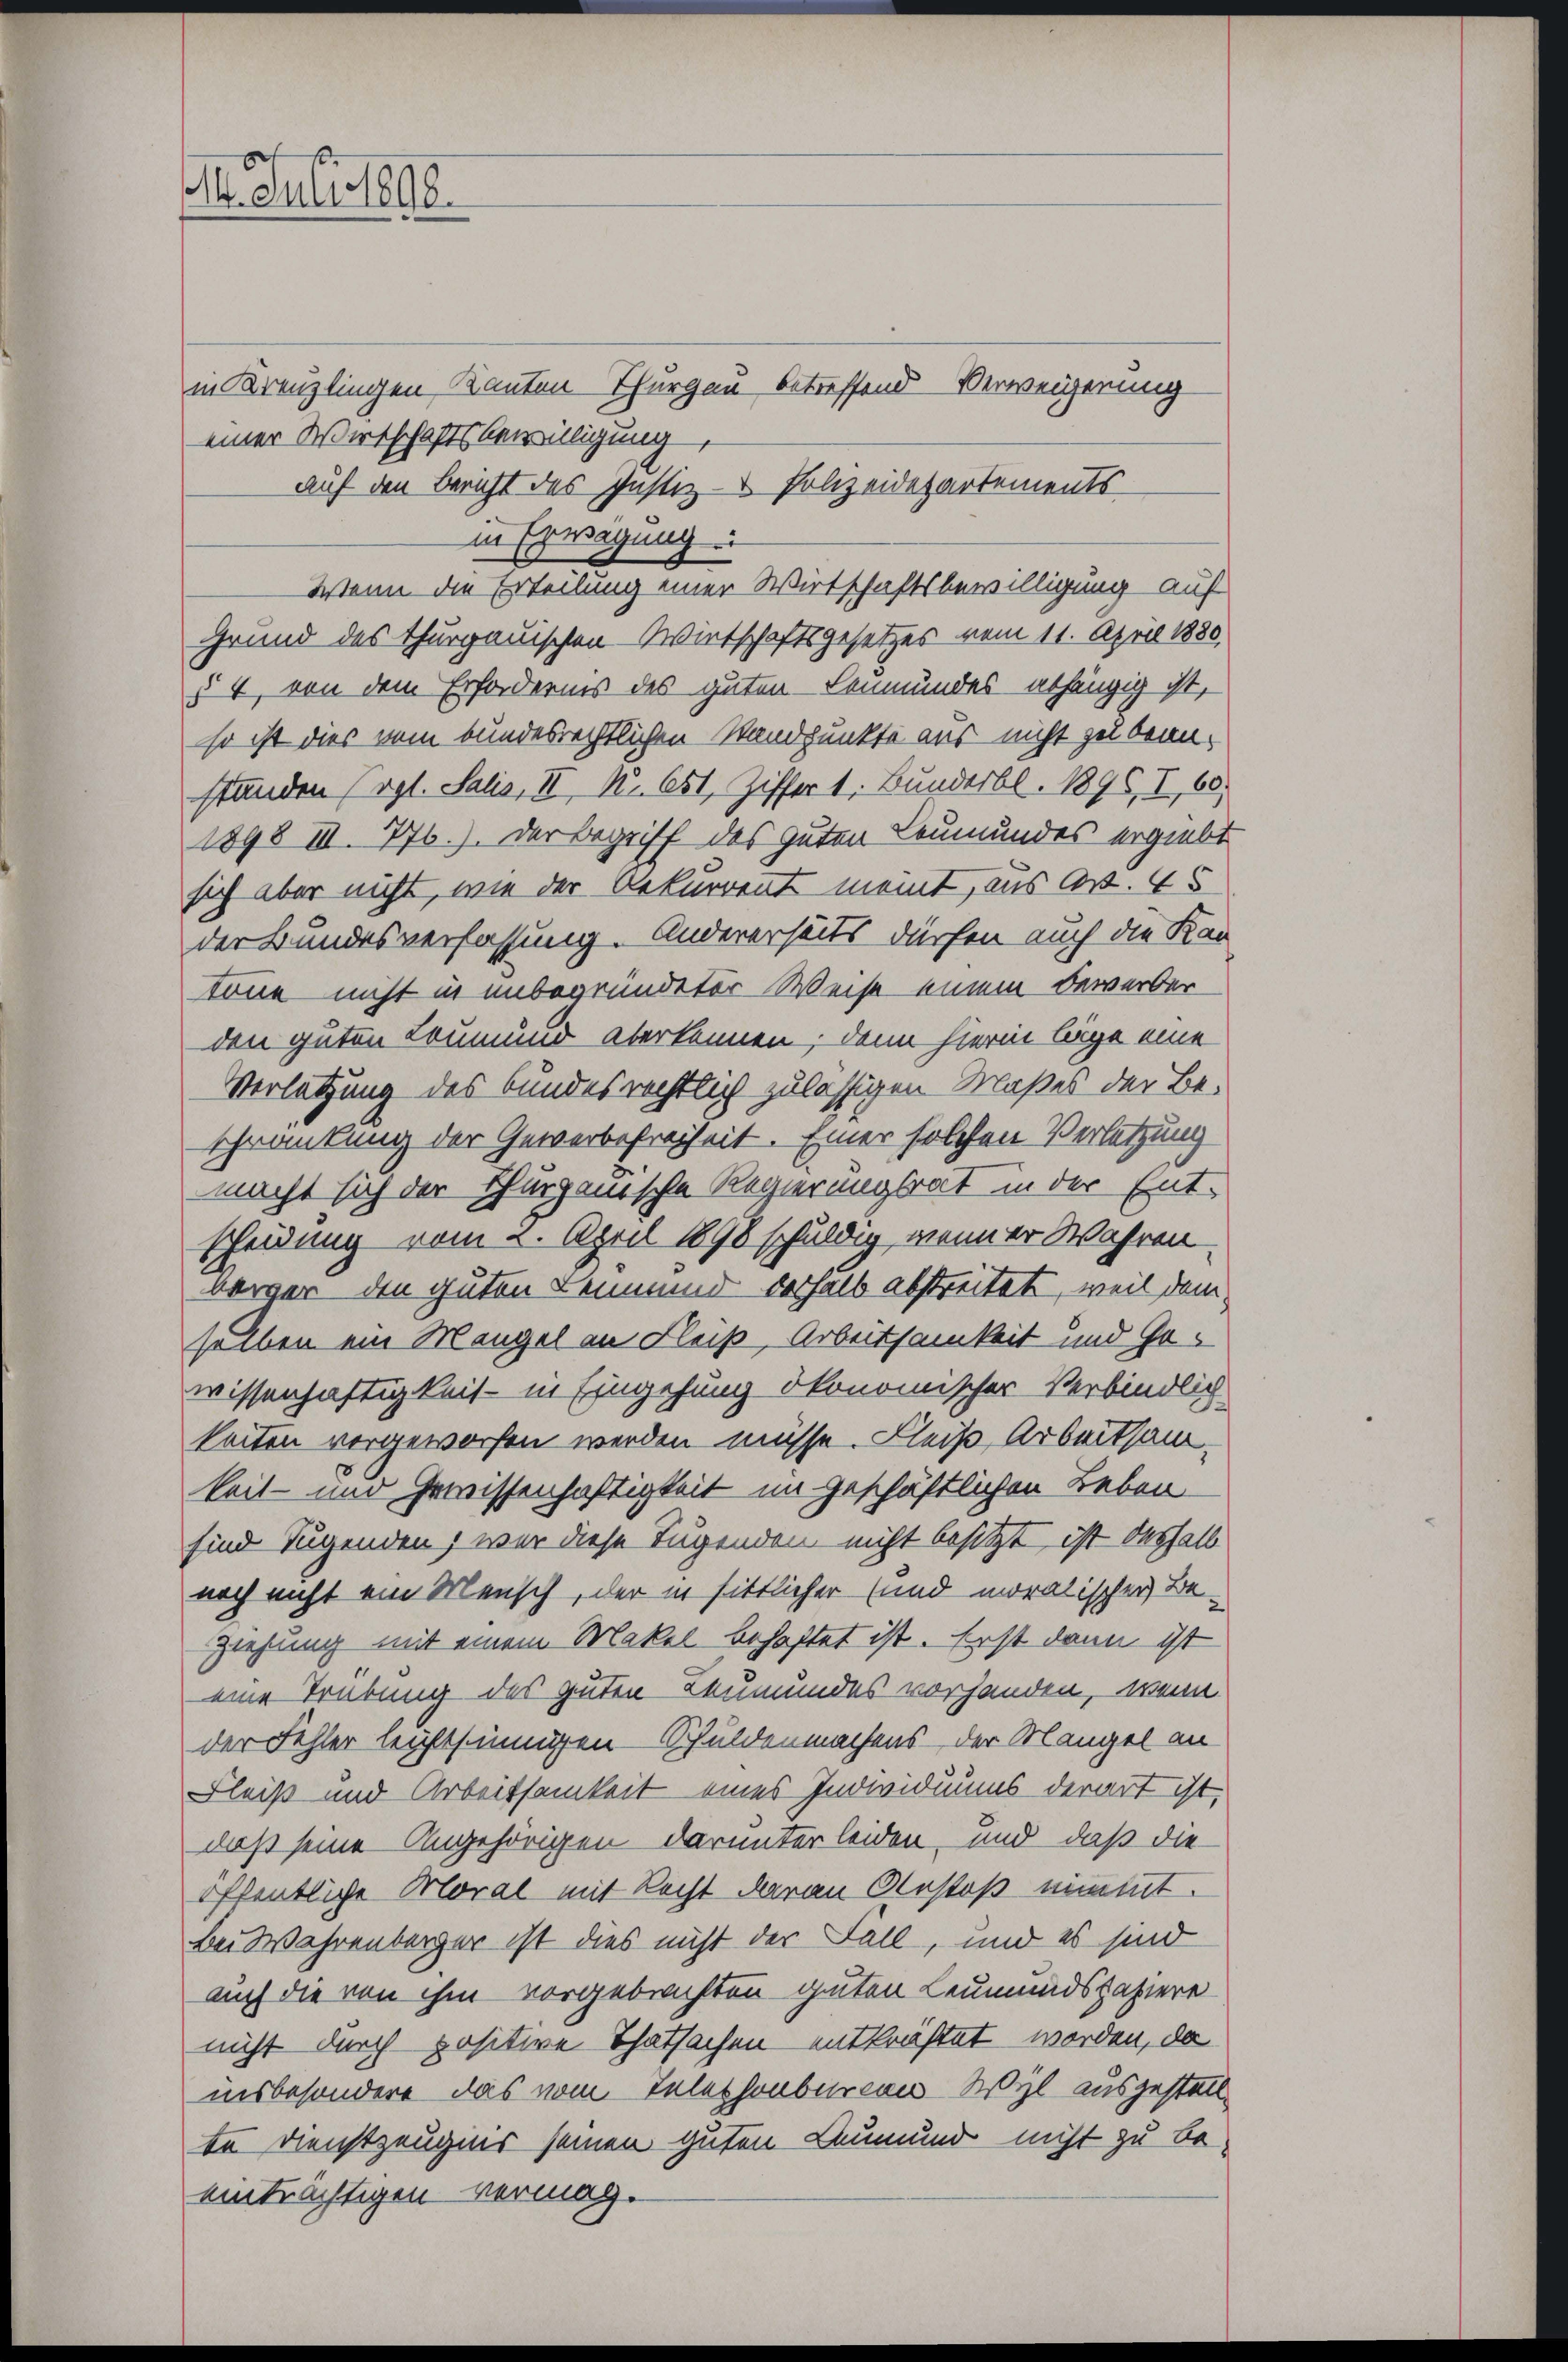
r. Juli 1898.

in Kreuzlingen Kanton Thurgau betreffend Verweigerung
einer Wirtschaftsbewilligung
auf den Bericht des Justiz - Polizeidepartements
in Erwägung
Wenn die Erteilung einer Wirtschaftsbewilligung auf
Grund des Thurgauischen Wirtschaftsgesetzes vom 11. April 1880
§ 4, von dem Erfordernis des guten Leumundes abhängig ist,
so ist dies vom bundesrechtlichen Standpunkte aus nicht zu bean-
ständen (vgl. Salis, II, Nr. 651, Ziffer 1. Bundesbl. 1896, I, 60
1898 III. 776.). Der Begriff des guten Leumundes ergiebt
sich aber nicht, wie der Rekurrent meint, aus Art. 45
der Bundesverfassung. Andererseits dürfen auch die Kan
tönne nicht in unbegründeter Weise einem Bewerber
den guten Leumund aberkennen; dann hierin liege eine
Verletzung des Bundesrechtlich zulässigen Maßes der Be-
schränkung der Gewerbefreiheit. Einer solchen Verletzung
macht sich der Thurganische Regierungsrat in der Ent-
scheidung vom 2. April 1898 schuldig, wenn er Wahren
berger den guten Leumund deshalb abstreitete, weil dem
seiben ein Mangel an Fleiß, Arbeitsamkeit und Gowissenhaftigkeit - in Eingehung ökonomischer Verbindlich
keiten vorgeworfen werden müsse. Fleiß Arbeitsamkeit- und Gewissenhaftigkeit im geschäftlichen Leben
sind Jugenden, war diese Tugenden nicht besitzt ist deshalb
noch nicht ein Mensch, der in sittlicher (und moralischer Be-
Ziehung mit einem Makel behaftet ist. Erst dann ist
eine Trübung des guten Leumundes vorhanden, wenn
der Fehler leichtsinnigen Schuldenmachens der Mangel an
Fleiß und Arbeitsamkeit eines Individuums derart ist,
daß seine Angehörigen darunter leiden und daß die
öffentliche Moral mit Recht daran Anstoß nimmt.
bei Wahrenberger ist dies nicht der Fall, und es sind
auch die von ihm vorgebrachten guten Leumundspaziere
nicht durch positive Thatsachen entkräftet worden, da
insbesondere das vom Telephonberien Wyl ausgestellte Dienstzeugnis seinen guten Leumund nicht zu be-
einträchtigen vermag.